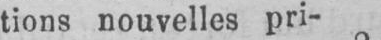
tions nouvelles pri-